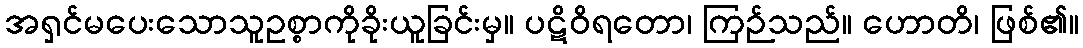
အရှင်မပေးသောသူဥစ္စာကိုခိုးယူခြင်းမှ။ ပဋိဝိရတော၊ ကြဉ်သည်။ ဟောတိ၊ ဖြစ်၏။